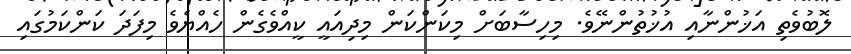
ލޮބުވެތި އަޚުންނާއި އުޚުތުންނޭވެ. މިހިސާބަށް މިކަންކަން މިދިއައީ ކީއްވެގެން ހެއްޔެވެ މިފަދަ ކަންކަމުގައި